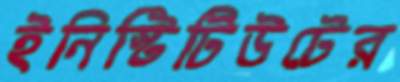
ইনিস্টিটিউটের